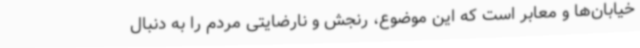
خیابان‌ها و معابر است که این موضوع، رنجش و نارضایتی مردم را به دنبال